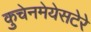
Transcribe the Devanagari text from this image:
कुचेनमेयेसटेरे